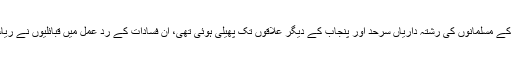
چونکہ پونچھ اور جموں کے مسلمانوں کی رشتہ داریاں سرحد اور پنجاب کے دیگر علاقوں تک پھیلی ہوئی تھی، ان فسادات کے رد عمل میں قبائلیوں نے ریاست کی سرحد عبور کی۔